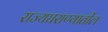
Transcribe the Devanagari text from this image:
राज्यघराण्यातील